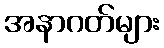
အနာဂတ်များ